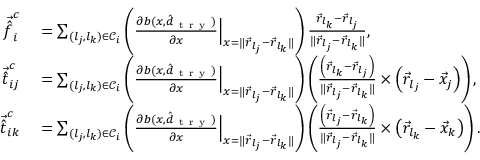
\begin{array} { r l } { \vec { \hat { f } } _ { i } ^ { c } } & { { } = \sum _ { ( l _ { j } , l _ { k } ) \in \mathcal C _ { i } } \left( \frac { \partial b ( x , \hat { d } _ { \mathrm { ~ t ~ r ~ y ~ } } ) } { \partial x } \Big | _ { x = \| \vec { r } _ { l _ { j } } - \vec { r } _ { l _ { k } } \| } \right) \frac { \vec { r } _ { l _ { k } } - \vec { r } _ { l _ { j } } } { \| \vec { r } _ { l _ { j } } - \vec { r } _ { l _ { k } } \| } , } \\ { \vec { \hat { t } } _ { i j } ^ { c } } & { { } = \sum _ { ( l _ { j } , l _ { k } ) \in \mathcal C _ { i } } \left( \frac { \partial b ( x , \hat { d } _ { \mathrm { ~ t ~ r ~ y ~ } } ) } { \partial x } \Big | _ { x = \| \vec { r } _ { l _ { j } } - \vec { r } _ { l _ { k } } \| } \right) \left( \frac { \left( \vec { r } _ { l _ { k } } - \vec { r } _ { l _ { j } } \right) } { \| \vec { r } _ { l _ { j } } - \vec { r } _ { l _ { k } } \| } \times \left( \vec { r } _ { l _ { j } } - \vec { x } _ { j } \right) \right) , } \\ { \vec { \hat { t } } _ { i k } ^ { c } } & { { } = \sum _ { ( l _ { j } , l _ { k } ) \in \mathcal C _ { i } } \left( \frac { \partial b ( x , \hat { d } _ { \mathrm { ~ t ~ r ~ y ~ } } ) } { \partial x } \Big | _ { x = \| \vec { r } _ { l _ { j } } - \vec { r } _ { l _ { k } } \| } \right) \left( \frac { \left( \vec { r } _ { l _ { j } } - \vec { r } _ { l _ { k } } \right) } { \| \vec { r } _ { l _ { j } } - \vec { r } _ { l _ { k } } \| } \times \left( \vec { r } _ { l _ { k } } - \vec { x } _ { k } \right) \right) . } \end{array}